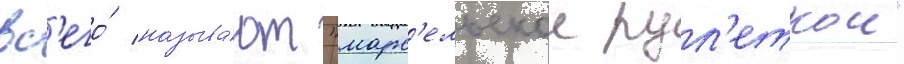
вс'его́ называ́ют "марс'ельскои рул'еткои"